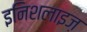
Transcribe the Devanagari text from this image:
इनिशलाइज़